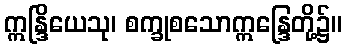
ဣန္ဒြိယေသု၊ စက္ခုစသောဣန္ဒြေတို့၌။